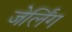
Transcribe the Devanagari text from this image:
जेर्लिंग